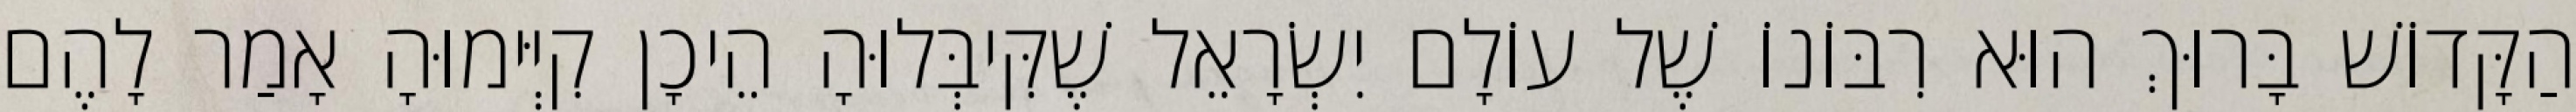
הַקָּדוֹשׁ בָּרוּךְ הוּא רִבּוֹנוֹ שֶׁל עוֹלָם יִשְׂרָאֵל שֶׁקִּיבְּלוּהָ הֵיכָן קִיְּימוּהָ אָמַר לָהֶם